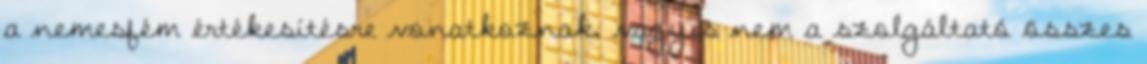
a nemesfém értékesítésre vonatkoznak, vagyis nem a szolgáltató összes